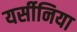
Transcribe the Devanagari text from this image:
यर्सीनिया